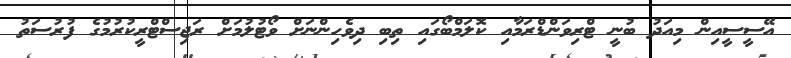
އޭސީސީއިން މިއަދު ބުނީ ޓްރިވަންޑްރަމާއި ކޮލަމްބޯގައި ތިބި ދިވެހިންނަށް ވޯޓުލުމަށް ރަޖިސްޓްރީކުރުމުގެ ފުރުސަތު